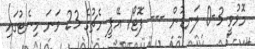
މޮޅުވީ 3-0 ލަނޑުން --- ފޮޓޯ/ އޭޕީ މެޗުގެ 23 ވަނަ މިނެޓުގައި